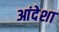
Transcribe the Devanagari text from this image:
आंदेशा